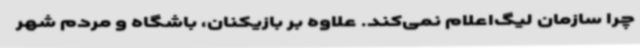
چرا سازمان لیگ‌اعلام نمی‌کند. علاوه بر بازیکنان، باشگاه و مردم شهر